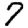
Digit: 7